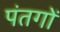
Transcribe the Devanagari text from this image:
पंतगों